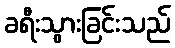
ခရီးသွားခြင်းသည်